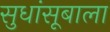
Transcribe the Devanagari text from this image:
सुधांसूबाला